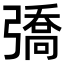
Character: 𢐟